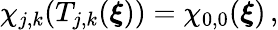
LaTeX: \chi_{j,k}(T_{j,k}(\boldsymbol{\xi}))=\chi_{0,0}(\boldsymbol{\xi})\, ,